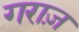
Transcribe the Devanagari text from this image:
गराज़